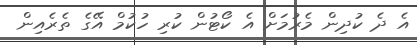
އެ ދެ ކުދިން މެރުމަށް އެ ކޯޓުން ކުރި ހުކުމް އޭގެ ތެރެއިން